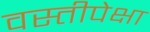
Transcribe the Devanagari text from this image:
वस्तीपेक्षा